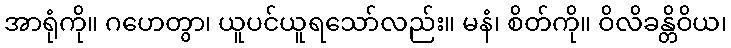
အာရုံကို။ ဂဟေတွာ၊ ယူပင်ယူရသော်လည်း။ မနံ၊ စိတ်ကို။ ဝိလိခန္တိဝိယ၊